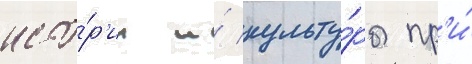
исто́р'ии и́ культу́ры пр'и́